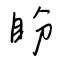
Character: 盼